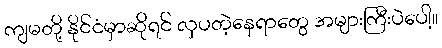
ကျမတို့ နိုင်ငံမှာဆိုရင် လှပတဲ့နေရာတွေ အများကြီးပဲပေါ့။